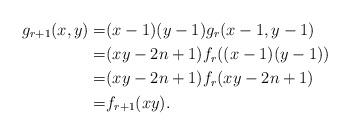
LaTeX: \begin{align*} g_{r+1}(x,y)=& (x-1)(y-1) g_{r}(x-1,y-1)\\ =&(xy-2n+1)f_r((x-1)(y-1)) \\ =&(xy-2n+1)f_r(xy-2n+1)\\ =&f_{r+1}(xy).\end{align*}